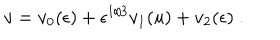
v = v _ { 0 } ( \epsilon ) + \epsilon ^ { 1 / 3 } v _ { 1 } ( u ) + v _ { 2 } ( \epsilon ) \ .